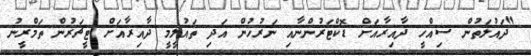
"ދައުލަތުން ސިއްހީ ދާއިރާއަށް ޑޮކްޓަރުންނާއި ނަރުހުން އަދި ތައުލީމީ ދާއިރާއަށް ޓީޗަރުން ތަމްރީނު